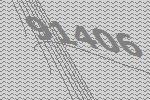
91406